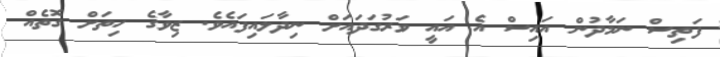
ފަތިސް ނަމާދުން އައިސް އެ އައީ ވަރުގަދައަށް ނިދާލައިފައެވެ. ޒިވާގެ ހިތަށް ގޮތެއް